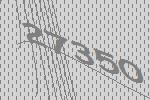
27350